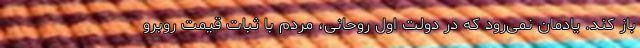
باز کند. یادمان نمی‌رود که در دولت اول روحانی، مردم با ثبات قیمت روبرو